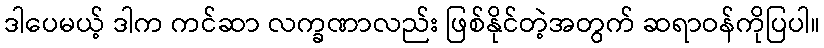
ဒါပေမယ့် ဒါက ကင်ဆာ လက္ခဏာလည်း ဖြစ်နိုင်တဲ့အတွက် ဆရာဝန်ကိုပြပါ။